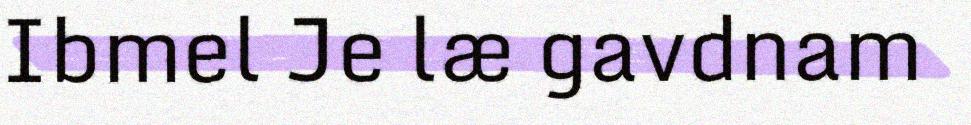
Ibmel Je læ gavdnam